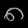
Digit: ၈